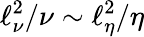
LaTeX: \ell_{\nu}^{2}/\nu\sim\ell_{\eta}^{2}/\eta